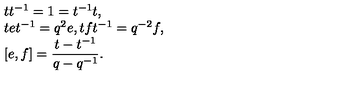
\begin{array} { r c l } { } & { } & { t t ^ { - 1 } = 1 = t ^ { - 1 } t , } \\ { } & { } & { t e t ^ { - 1 } = q ^ { 2 } e , t f t ^ { - 1 } = q ^ { - 2 } f , } \\ { } & { } & { [ e , f ] = \displaystyle \frac { t - t ^ { - 1 } } { q - q ^ { - 1 } } . } \\ \end{array}